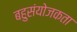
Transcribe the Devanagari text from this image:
बहुसंयोजकता